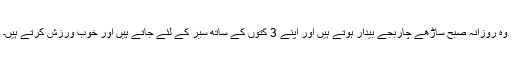
وہ روزانہ صبح ساڑھے چاربجے بیدار ہوتے ہیں اور اپنے 3 کتوں کے ساتھ سیر کے لئے جاتے ہیں اور خوب ورزش کرتے ہیں۔